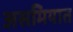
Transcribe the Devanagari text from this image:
असमियात